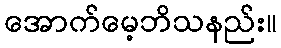
အောက်မေ့ဘိသနည်း။